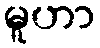
မူဟာ